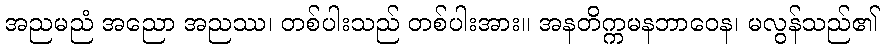
အညမညံ အညော အညဿ၊ တစ်ပါးသည် တစ်ပါးအား။ အနတိက္ကမနဘာဝေန၊ မလွန်သည်၏